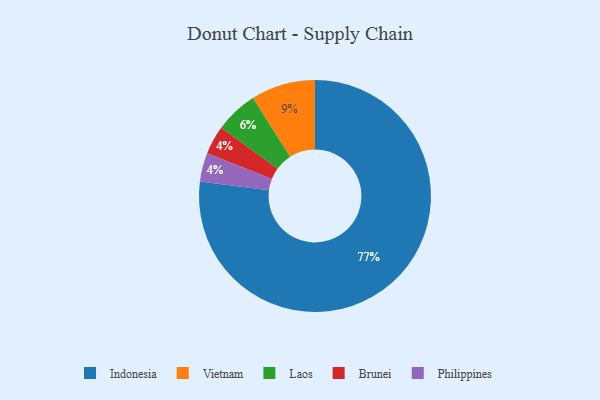
{"axis": {"x": "Category", "y": "Percentage"}, "legend": ["Brunei", "Indonesia", "Laos", "Philippines", "Vietnam"], "data": [{"x": "Brunei", "y": 4, "type": "Brunei"}, {"x": "Laos", "y": 6, "type": "Laos"}, {"x": "Indonesia", "y": 77, "type": "Indonesia"}, {"x": "Vietnam", "y": 9, "type": "Vietnam"}, {"x": "Philippines", "y": 4, "type": "Philippines"}]}